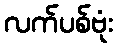
လက်ပစ်ဗုံး